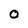
Character: O